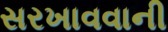
સરખાવવાની